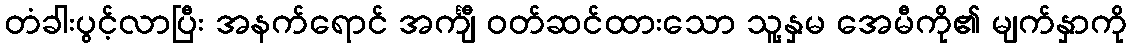
တံခါးပွင့်လာပြီး အနက်ရောင် အင်္ကျီ ဝတ်ဆင်ထားသော သူ့နှမ အေမီကို၏ မျက်နှာကို